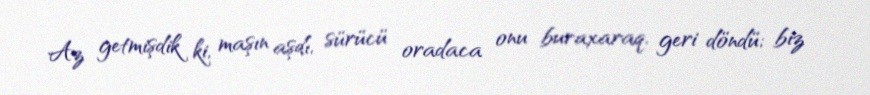
Az getmişdik ki, maşın aşdı, sürücü oradaca onu buraxaraq, geri döndü; biz